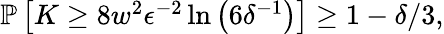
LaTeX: \begin{array}{r}{\mathbb{P}\left[K\ge 8w^{2}\epsilon^{-2}\ln\left(6\delta^{-1}\right)\right]\ge 1-\delta/3,}\end{array}